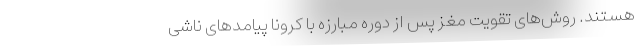
هستند. روش‌های تقویت مغز پس از دوره مبارزه با کرونا پیامدهای ناشی